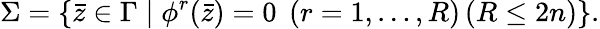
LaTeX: \Sigma=\left\{ \bar{z}\in\Gamma\mid\phi^{r}(\bar{z})=0\; \left(r=1,\ldots,R\right)\left(R\leq 2n\right)\right\} .